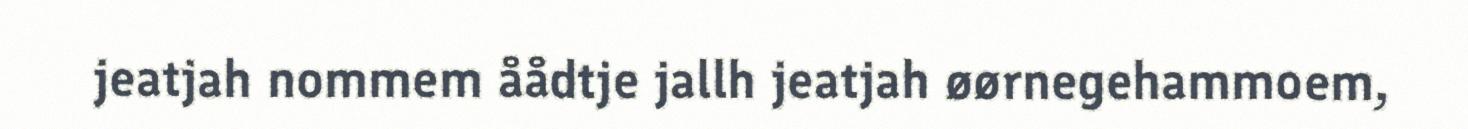
jeatjah nommem åådtje jallh jeatjah øørnegehammoem,